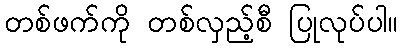
တစ်ဖက်ကို တစ်လှည့်စီ ပြုလုပ်ပါ။